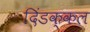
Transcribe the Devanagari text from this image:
दिंडक्कल